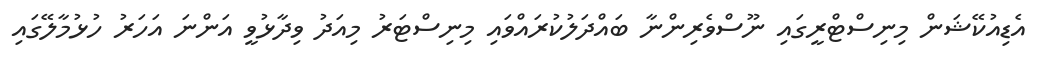
އެޑިއުކޭޝަން މިނިސްޓްރީގައި ނޫސްވެރިންނާ ބައްދަލުކުރައްވައި މިނިސްޓަރު މިއަދު ވިދާޅުވީ އަންނަ އަހަރު ހުޅުމާލޭގައި